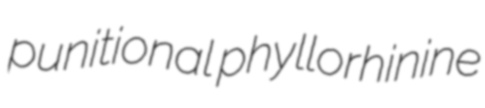
punitional phyllorhinine